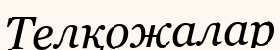
Телқожалар